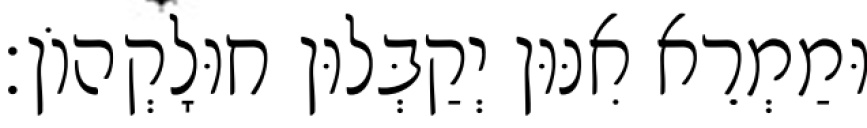
וּמַמְרֵא אִנּוּן יְקַבְּלוּן חוּלָקְהוֹן׃